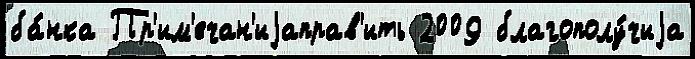
ба́нка Пр'им'ечан'иjаправ'ить 2009 благополу́чиjа